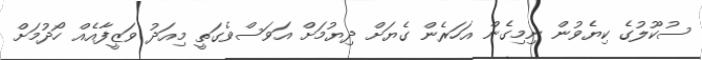
ސުކޫލުގެ ކިޔެވުން ނިމިގެން އަހަރެން ގެޔަށް ދިޔުމަށް އަވަސްވެގަތީ މިއަދު ވަޒީފާއެއް ހޯދުމަށް